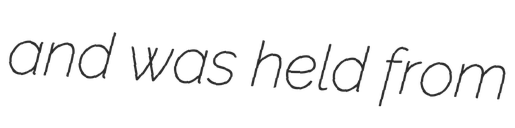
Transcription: and was held from